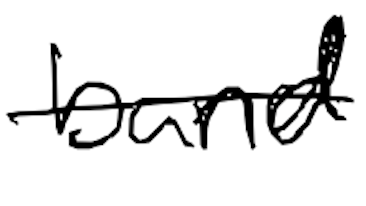
Text: band
Cross-out: single-line
Writing tool: digital_black